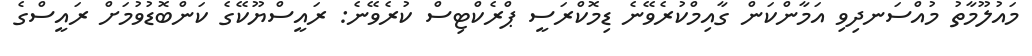
މައުލޫމާތު މުއްސަނދިވި އަމާންކަން ގާއިމްކުރެވޭނެ ޑިމޮކްރަސީ ޕްރެކްޓިސް ކުރެވޭނެ: ރައީސްޔޫކޭގެ ކަންބޮޑުވުމަށް ރައީސްގެ